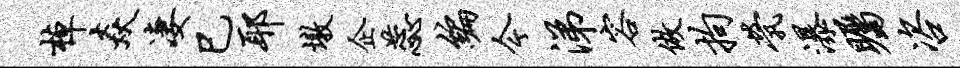
棹焱凄巳耶墩企蕊编今涕容做拘茕瀑瞩咨